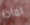
لماذا